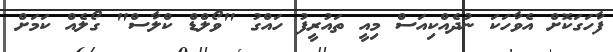
ފާހަގަކޮށް އެވާހަކަ ނުދެއްކިއަސް މިއީ ތައުރީފު ހައްގު "ވޯލްޑް ކްލާސް" ގޯލެއް ކަމަށް